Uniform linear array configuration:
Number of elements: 24
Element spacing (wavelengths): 0.25
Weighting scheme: hann
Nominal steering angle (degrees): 0
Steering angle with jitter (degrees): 0.7704
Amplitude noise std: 0.05
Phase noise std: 0.05

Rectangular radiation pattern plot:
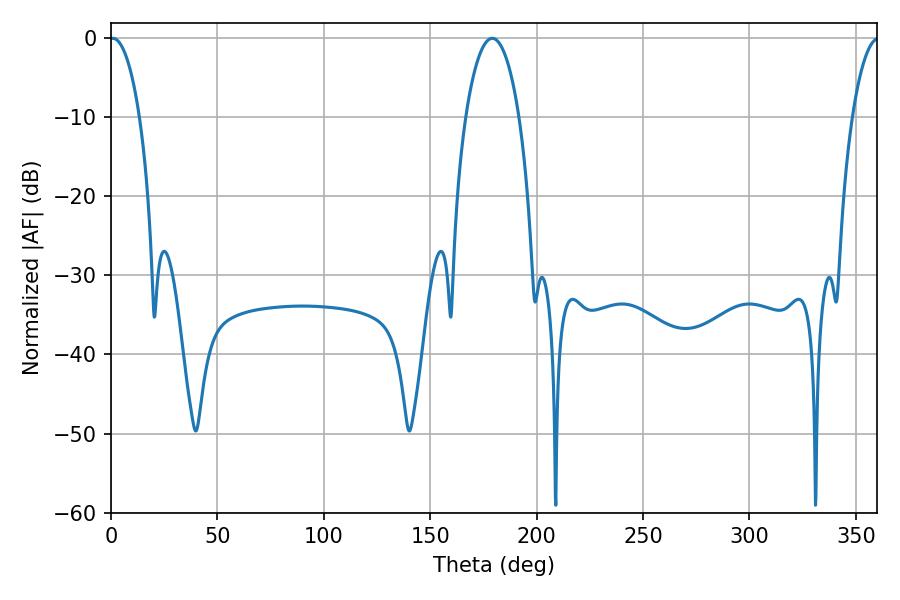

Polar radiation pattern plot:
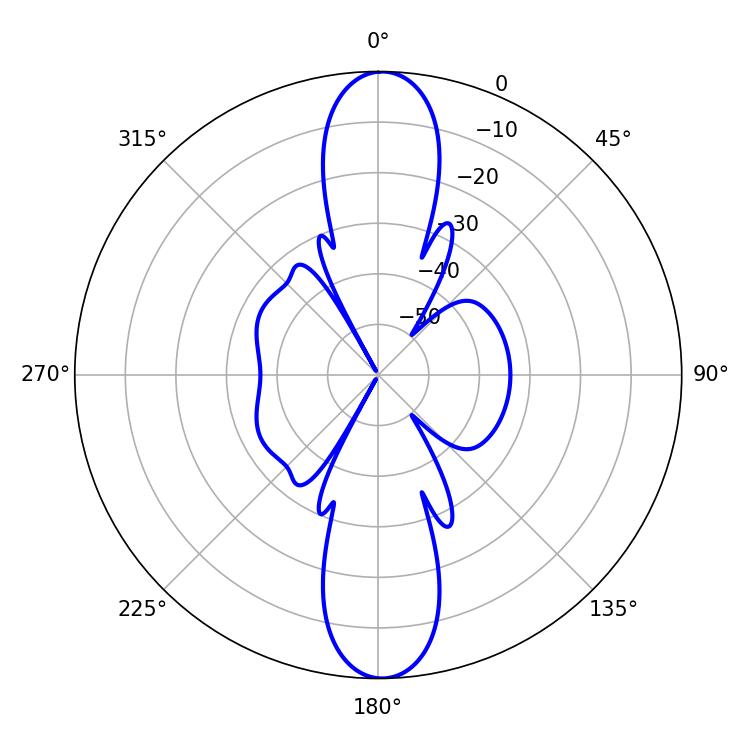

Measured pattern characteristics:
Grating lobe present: FALSE
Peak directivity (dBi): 24.22
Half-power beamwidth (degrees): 7.92
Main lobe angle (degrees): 0.9